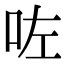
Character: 咗